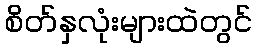
စိတ်နှလုံးများထဲတွင်